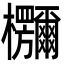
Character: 鿝